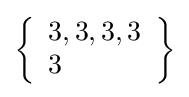
\left\{{\begin{array}{l}3,3,3,3\\3\end{array}}\right\}